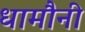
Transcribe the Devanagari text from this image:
धामौनी